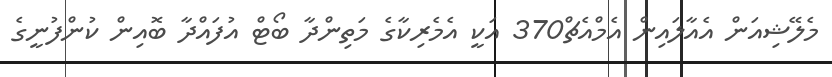
މެލޭޝިއަން އެއާލައިން އެމްއެޗް370 އަކީ އެމެރިކާގެ މަތިންދާ ބޯޓް އުފައްދާ ބޮއިން ކުންފުނީގެ